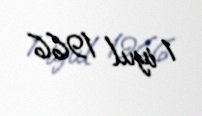
1 iyul 1966